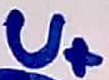
Text: U+